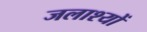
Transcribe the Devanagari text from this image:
जलाश्यों